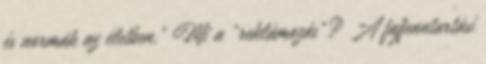
és normák az életben." Mi a "reklámozás"? A fajfenntartási